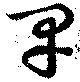
卑